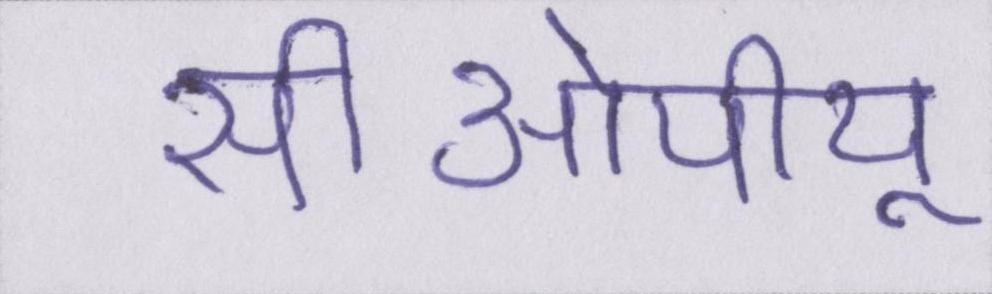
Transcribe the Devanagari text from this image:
सीओपीयू